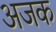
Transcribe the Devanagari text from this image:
अजक